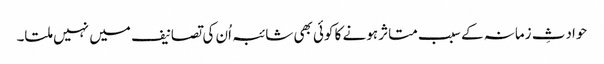
حوادثِ زمانہ کے سبب متاثر ہونے کا کوئی بھی شائبہ اُن کی تصانیف میں نہیں ملتا۔